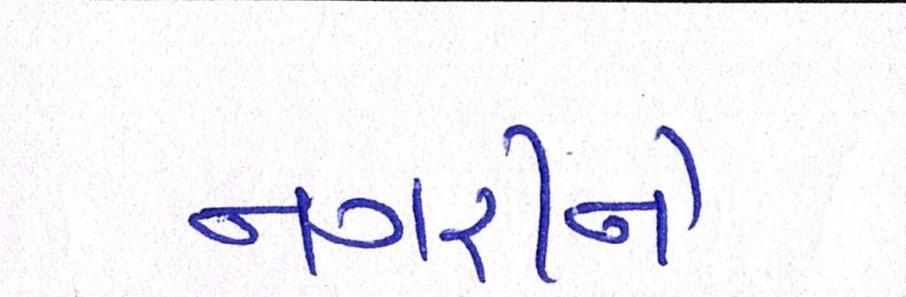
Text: નગરીને